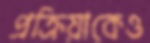
প্রক্রিয়াকেও